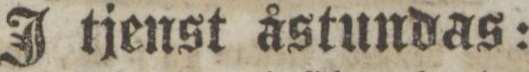
J tjenst åstundas: